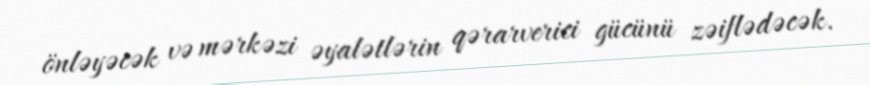
önləyəcək və mərkəzi əyalətlərin qərarverici gücünü zəiflədəcək.